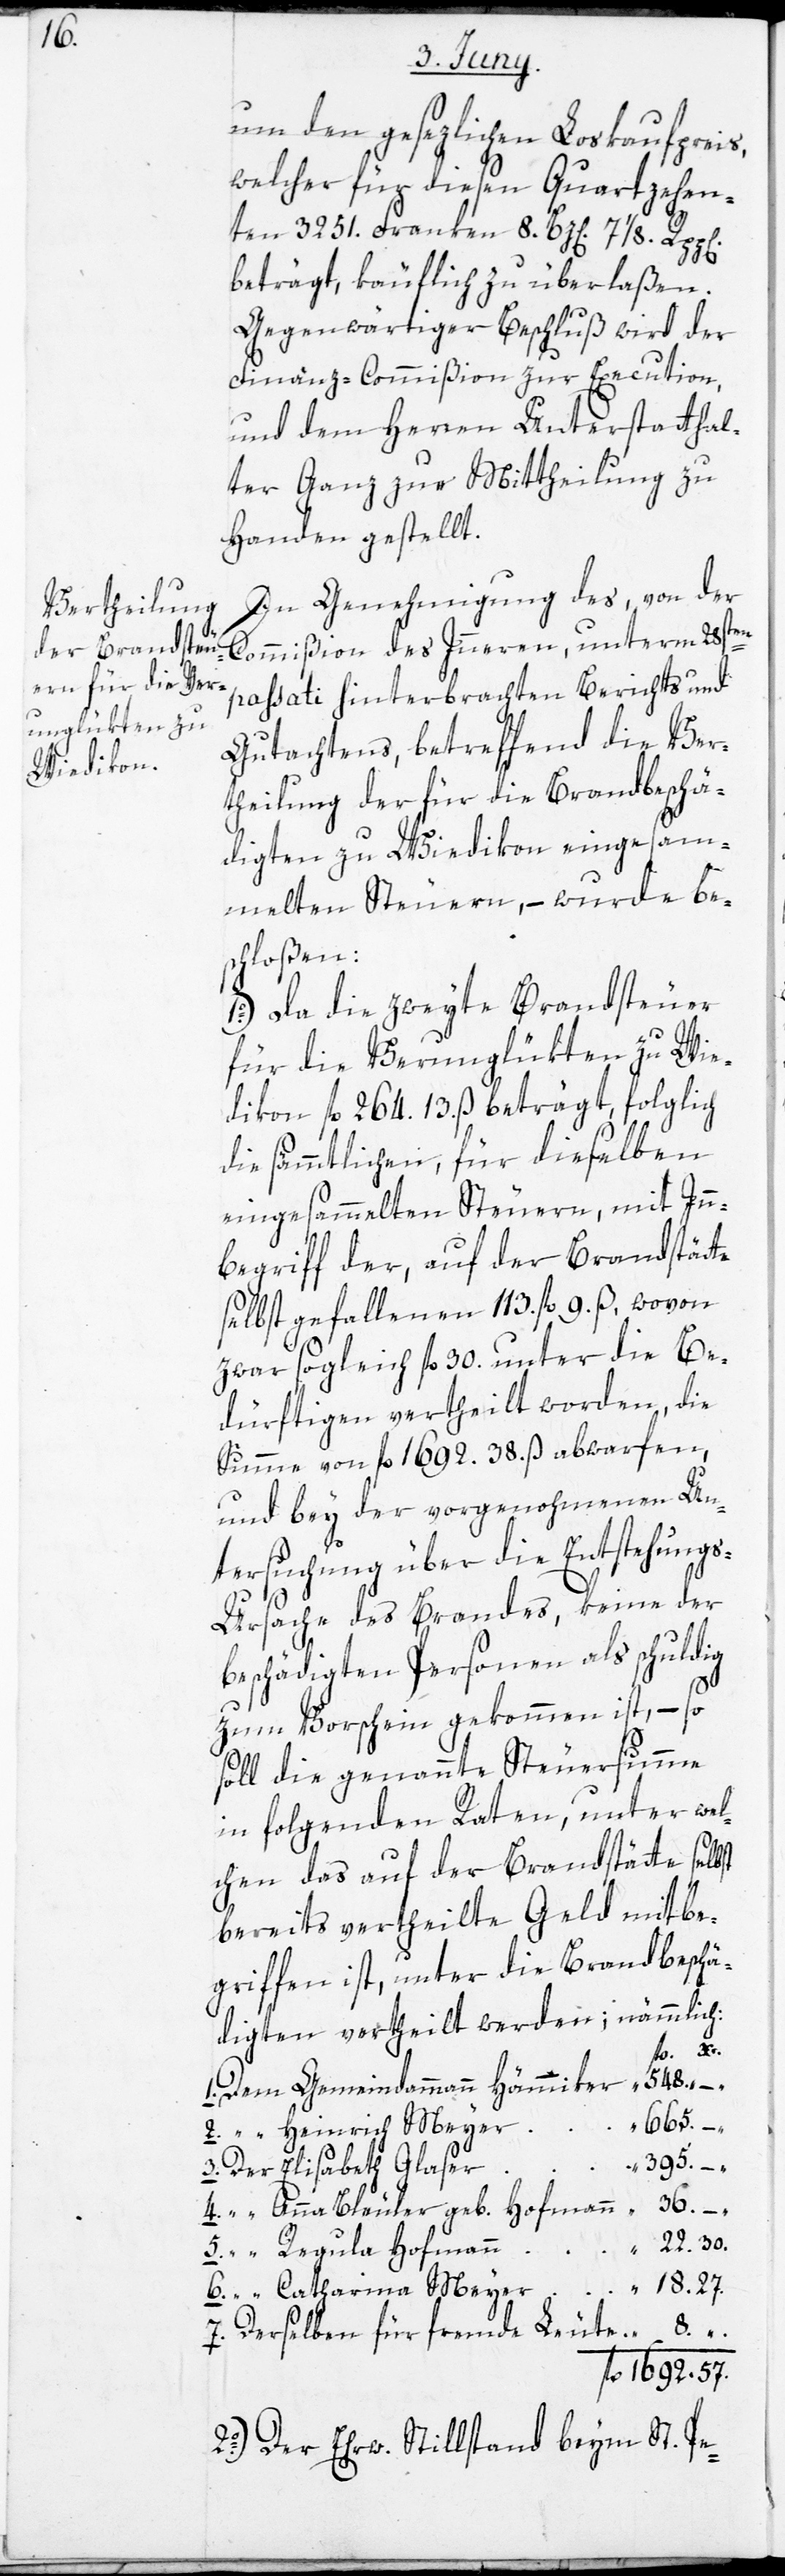
18.

um den gesetzlichen Loskaufpreis,
welcher für diesen Quartzehen¬
ten 3251. Franken 8. Bz[en]. 7 1/8. Rpp[en]
beträgt, käuflich zu überlaßen.
Gegenwärtiger Beschluß wird der
Finanz-Commißion zur Execution,
und dem Herren Unterstatthal¬
ter Ganz zur Mittheilung zu
Handen gestellt.
In Genehmigung des, von der
Commißion des Inneren, unterm 28sten
passati hinterbrachten Berichts und
Gutachtens, betreffend die Ver¬
theilung der für die Brandbeschä¬
digten zu Wiedikon eingesam¬
melten Steuern, – wurde be¬
schloßen:
1o.) Da die zweyte Brandsteuer
für die Verunglükten zu Wie¬
dikon fl. 264. 13. ß beträgt, folglich
die sämtlichen, für dieselben
eingesammelten Steuern, mit Inn¬
begriff der, auf der Brandstätte
selbst gefallenen 113. fl. 9. ß, wovon
zwar sogleich fl. 30. unter die Be¬
dürftigen vertheilt worden, die
Summe von fl. 1692. 38. ß abwarfen,
und bey der vorgenohmenen Un¬
tersuchung über die Entstehung¬
s-Ursache des Brandes, keine der
beschädigten Personen als schuldig
zum Vorschein gekommen ist, – so
soll die genannte Steuersumme
in folgenden Raten, unter wel¬
chen das auf der Brandstätte selbst
bereits vertheilte Geld mitbe¬
griffen ist, unter die Brandbeschä¬
digten vertheilt werden; nämmlich:
1692.
Dem Gemeindammann Hämmiker
665.
2. “ Heimrich Meyer
3. Der Elisabeth Glaser
4. “ Anna Bleuler geb. Hofmann
5. “ Regula Hofmann
7. Derselben für fremde Leute
2o.) Der Erw. Stillstand beym St. Pe-